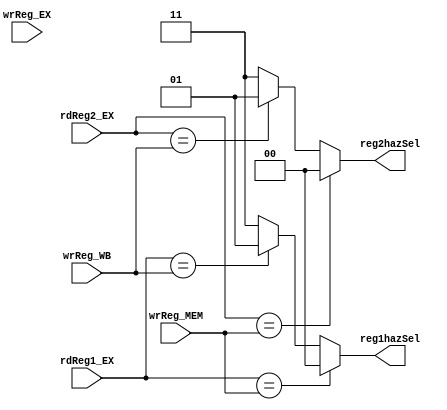
module hazard(
  rdReg1_EX,
  rdReg2_EX,
  wrReg_EX,
  wrReg_MEM,
  wrReg_WB,
  reg1hazSel,
  reg2hazSel,
);

  input [3:0] rdReg1_EX, rdReg2_EX, wrReg_EX, wrReg_MEM, wrReg_WB;
  output [1:0] reg1hazSel, reg2hazSel;

  assign reg1hazSel = (rdReg1_EX == wrReg_MEM) ? 2'b00 :
                      (rdReg1_EX == wrReg_WB) ? 2'b01 :
                      2'b11;

  assign reg2hazSel = (rdReg2_EX == wrReg_MEM) ? 2'b00 :
                      (rdReg2_EX == wrReg_WB) ? 2'b01 :
                      2'b11;

endmodule